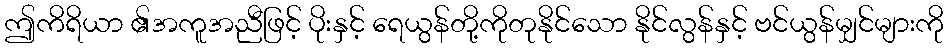
ဤကိရိယာ ၏အကူအညီဖြင့် ပိုးနှင့် ရေယွန်တို့ကိုတုနိုင်သော နိုင်လွန်နှင့် ဗင်ယွန်မျှင်များကို